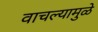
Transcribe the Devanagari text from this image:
वाचल्यामुळे